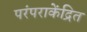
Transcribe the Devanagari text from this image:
परंपराकेंद्रित